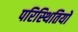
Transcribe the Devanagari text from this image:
परिस्‍िथतियों